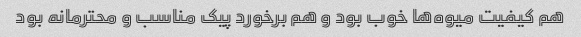
هم کیفیت میوه‌ها خوب بود و هم برخورد پیک مناسب و محترمانه بود